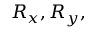
R _ { x } , R _ { y } ,